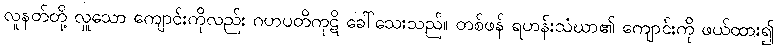
လူနတ်တို့ လှူသော ကျောင်းကိုလည်း ဂဟပတိကုဋိ ခေါ်သေးသည်။ တစ်ဖန် ရဟန်းသံဃာ၏ ကျောင်းကို ဖယ်ထား၍